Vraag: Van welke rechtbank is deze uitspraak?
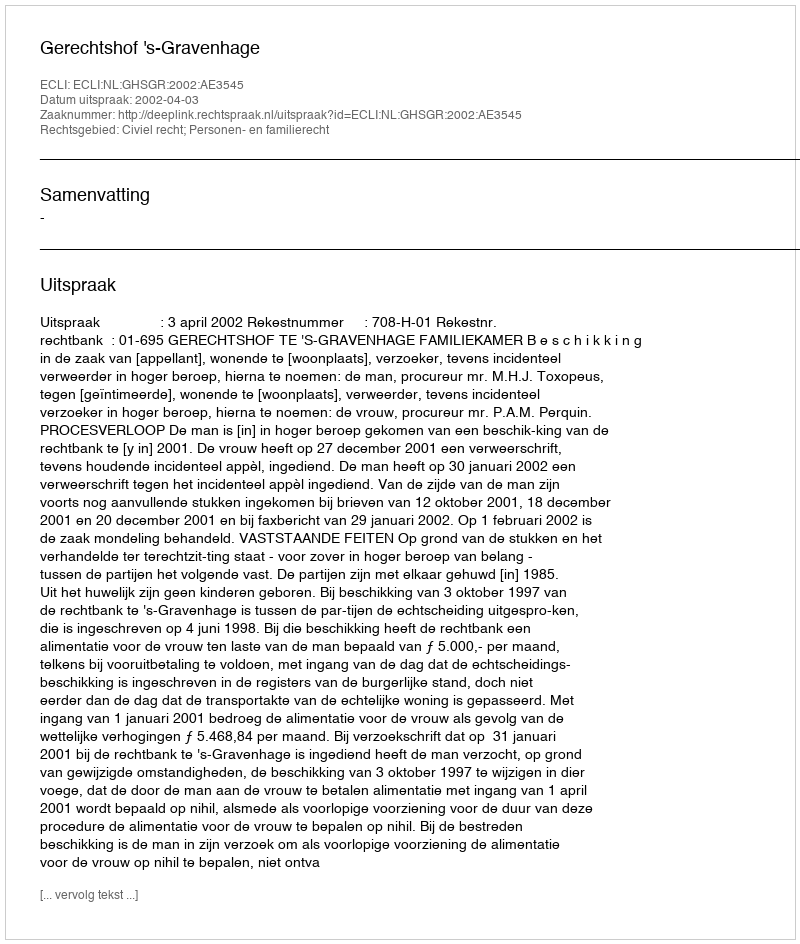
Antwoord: Gerechtshof 's-Gravenhage